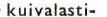
kuivalasti-